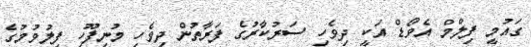
ގައުމީ ފިލްމް އެވޯޑް އަކީ ދިވެހި ސަރުކާރުގެ ފަރާތުން ދިވެހި މުނިފޫހި ފިލުވުމުގެ